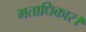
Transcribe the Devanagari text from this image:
मताधिकार।